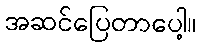
အဆင်ပြေတာပေါ့။